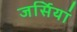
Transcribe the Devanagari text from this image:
जर्सियां